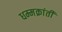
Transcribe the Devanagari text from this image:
धम्मक्रांती